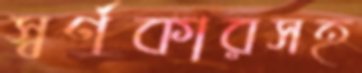
স্বর্ণকারসহ